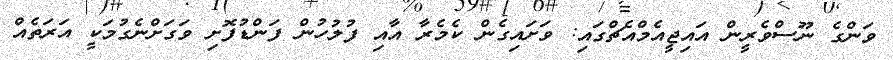
ވަންގެ ނޫސްވެރީން އައިޖީއެމްއެޗްގައި: ވަށައިގެން ކެމެރާ އާއި ފުލުހުން ފަންޑުފޮށި ވަގަށްނެގުމަކީ އަރަތެއް